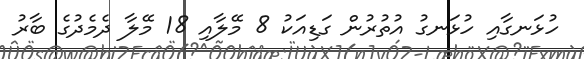
ހުޅަނގާއި ހުޅަނގު އުތުރުން ގަޑިއަކު 8 މޭލާއި 18 މޭލާ ދެމެދުގެ ބާރު